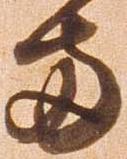
両